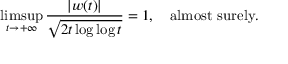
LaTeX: \operatorname* { l i m s u p } _ { t \to + \infty } { \frac { | w ( t ) | } { \sqrt { 2 t \log \log t } } } = 1 , \quad { \mathrm { a l m o s t ~ s u r e l y } } .